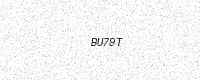
Text: BU79T